Problem: 2 × 2 = ?
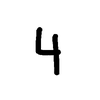
Handwritten answer: 4